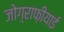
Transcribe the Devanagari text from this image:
जोग़्राफ़ीयाई